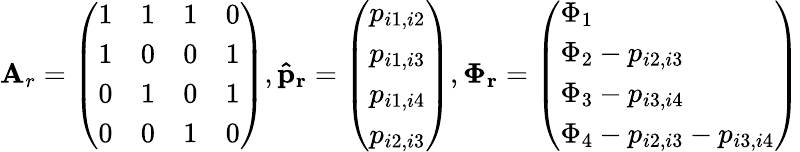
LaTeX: \mathbf{A}_{r}=\left(\begin{array}{llll}{1}&{1}&{1}&{0}\\ {1}&{0}&{0}&{1}\\ {0}&{1}&{0}&{1}\\ {0}&{0}&{1}&{0}\end{array}\right),\mathbf{\hat{p}_{r}}=\left(\begin{array}{l}{p_{i1,i2}}\\ {p_{i1,i3}}\\ {p_{i1,i4}}\\ {p_{i2,i3}}\end{array}\right),\mathbf{\Phi_{r}}=\left(\begin{array}{l}{\Phi_{1}}\\ {\Phi_{2}-p_{i2,i3}}\\ {\Phi_{3}-p_{i3,i4}}\\ {\Phi_{4}-p_{i2,i3}-p_{i3,i4}}\end{array}\right)